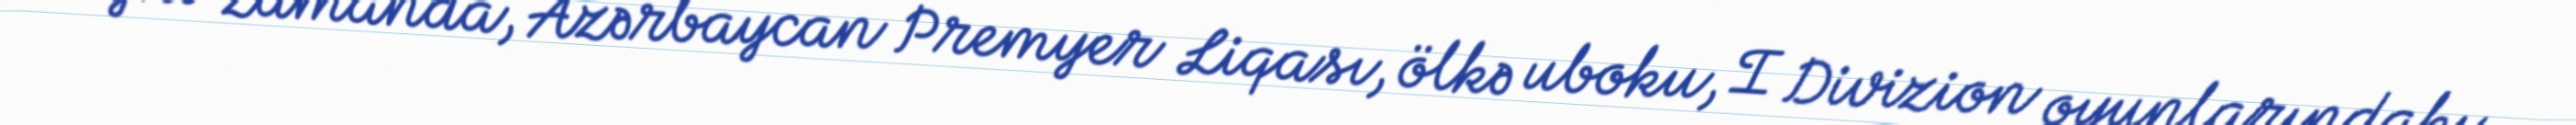
Eyni zamanda, Azərbaycan Premyer Liqası, ölkə uboku, I Divizion oyunlarındakı